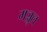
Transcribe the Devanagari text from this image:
मञ्जुल